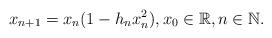
LaTeX: \begin{align*}x_{n+1}=x_n(1-h_nx_n^2), x_0\in \mathbb R, n\in \mathbb N.\end{align*}